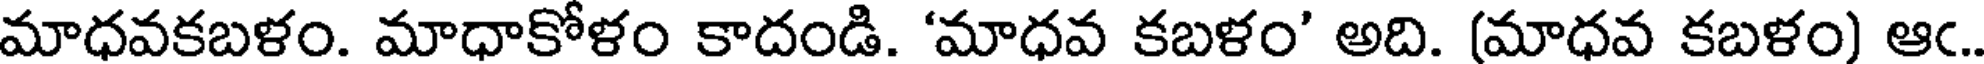
మాధవకబళం. మాధాకోళం కాదండి. 'మాధవ కబళం' అది. (మాధవ కబళం) ఆఁ.